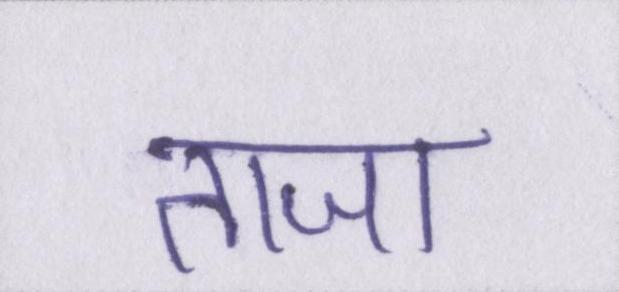
ताजा